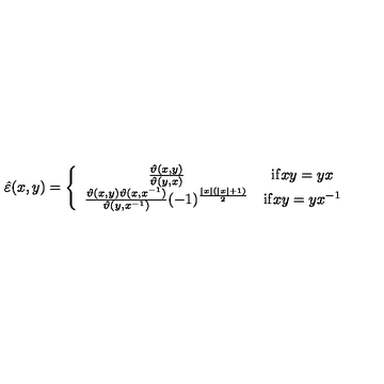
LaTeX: \hat { \varepsilon } ( x , y ) = \left\{ \begin{array} { c c } { \frac { \vartheta ( x , y ) } { \vartheta ( y , x ) } } & { \mathrm { i f } x y = y x } \\ { \frac { \vartheta ( x , y ) \vartheta ( x , x ^ { - 1 } ) } { \vartheta ( y , x ^ { - 1 } ) } ( - 1 ) ^ { \frac { \left| x \right| ( \left| x \right| + 1 ) } { 2 } } } & { \mathrm { i f } x y = y x ^ { - 1 } } \\ \end{array} \right.